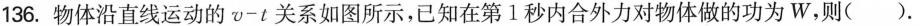
136.物体沿直线运动的 $$v - t$$关系如图所示，已知在第1秒内合外力对物体做的功为W，则( ).